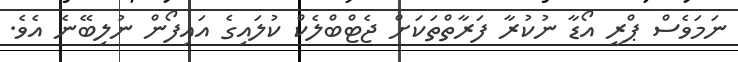
ނަމަވެސް ޕްރީ އޯޑާ ނުކުރާ ފަރާތްތަކަށް ޖެޓްބްލެކް ކުލައިގެ އައިފޯން ނުލިބޭނެ އެވެ.